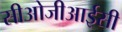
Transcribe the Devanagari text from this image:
सीओजीआईसी